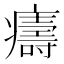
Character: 㿒